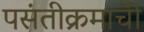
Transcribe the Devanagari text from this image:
पसंतीक्रमाची